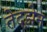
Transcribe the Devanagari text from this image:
तेदझ़ेन